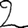
Digit: 2